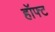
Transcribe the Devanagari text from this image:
हॉफ्ट